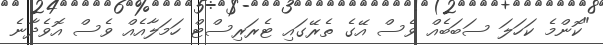
"ކޮންމެ ކަހަލަ ސަބަބެއް ވެސް އޭގެ ތެރޭގައި ޓެރަރިސްޓް ހަމަލާއެއް ވެސް އޮވެދާނެ